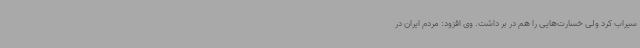
سیراب کرد ولی خسارت‌هایی را هم در بر داشت. وی افزود: مردم ایران در